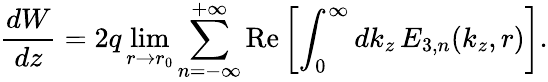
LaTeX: \frac{dW}{dz}=2q\operatorname*{lim}_{r\rightarrow r_{0}}\sum_{n=-\infty}^{+\infty}\mathrm{Re}\left[\int_{0}^{\infty}dk_{z}\, E_{3,n}(k_{z},r)\right].